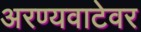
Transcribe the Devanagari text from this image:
अरण्यवाटेवर